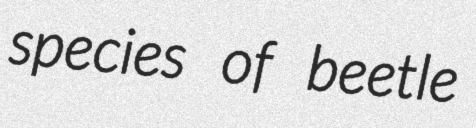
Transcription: species of beetle